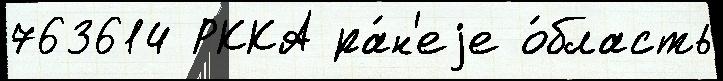
763614 РККА ра́н'еjе о́бласть